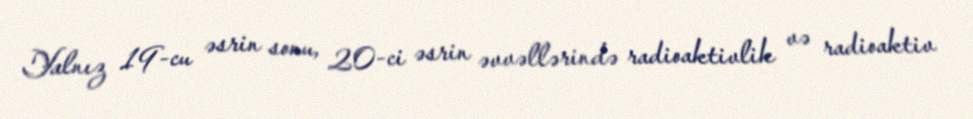
Yalnız 19-cu əsrin sonu, 20-ci əsrin əvvəllərində radioaktivlik və radioaktiv